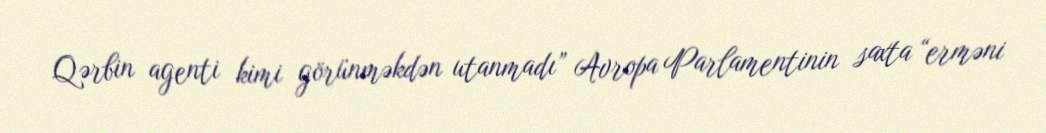
Qərbin agenti kimi görünməkdən utanmadı” Avropa Parlamentinin saxta “erməni